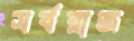
সর্বরাজ